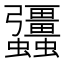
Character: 𧖑